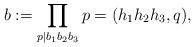
LaTeX: \begin{align*} b :=\prod_{p\mid b_1b_2b_3}p= (h_1h_2h_3,q),\end{align*}